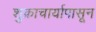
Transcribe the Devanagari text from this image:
शुक्राचार्यापासून